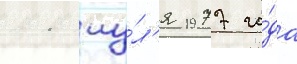
11 иу́л'я 1977 го́да